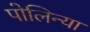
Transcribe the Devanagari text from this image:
पोलिन्या